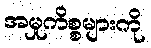
အမှုကိစ္စများကို